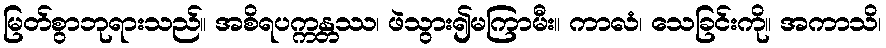
မြတ်စွာဘုရားသည်။ အစိရပက္ကန္တဿ၊ ဖဲသွား၍မကြာမီး။ ကာလံ၊ သေခြင်းကို။ အကာသိ၊